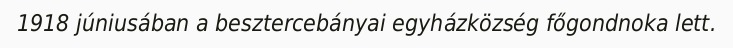
1918 júniusában a besztercebányai egyházközség főgondnoka lett.